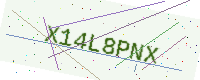
Text: X14L8PNX